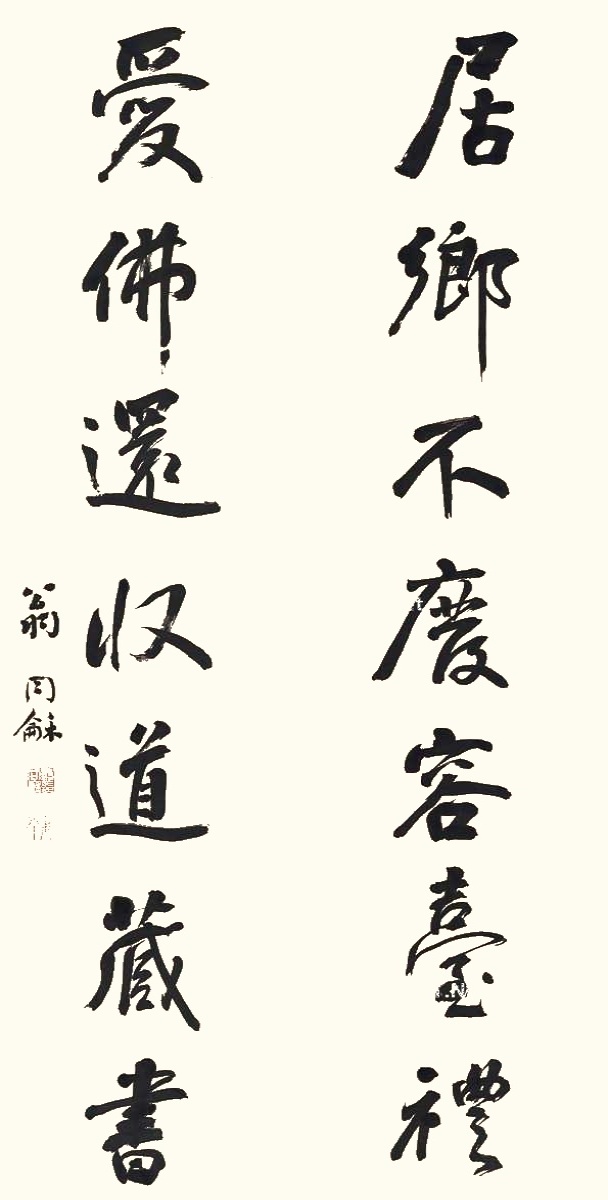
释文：居乡不废容台礼，爱佛还收道藏书。翁同龢。